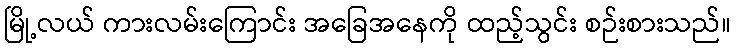
မြို့လယ် ကားလမ်းကြောင်း အခြေအနေကို ထည့်သွင်း စဉ်းစားသည်။